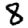
Digit: 8